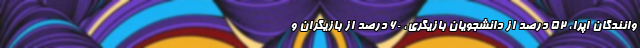
وانندگان اپرا، ۵۲ درصد از دانشجویان بازیگری، ۶۰ درصد از بازیگران و